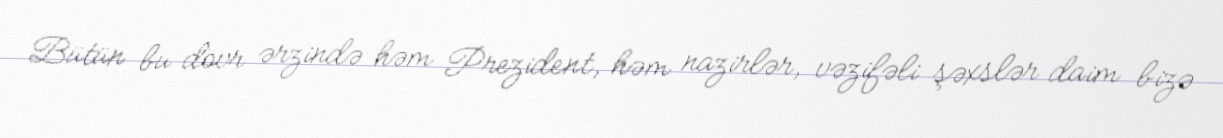
Bütün bu dövr ərzində həm Prezident, həm nazirlər, vəzifəli şəxslər daim bizə